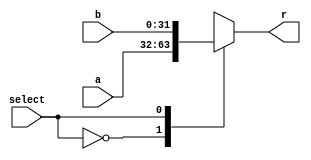
module mux2x32#(parameter WIDTH=32)(
	input [WIDTH-1:0] a,
	input [WIDTH-1:0] b,
	input select,
	output reg [WIDTH-1:0] r
    );
    always @*
    begin
      case(select)
        1'b0:
        r=a;
        1'b1:
        r=b;
      endcase
    end
endmodule